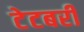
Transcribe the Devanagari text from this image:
टेटबरी